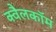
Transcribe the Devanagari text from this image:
क्वैलकॉम